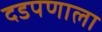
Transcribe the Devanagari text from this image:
दडपणाला